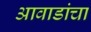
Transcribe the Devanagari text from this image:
आवाडांचा